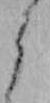
よ